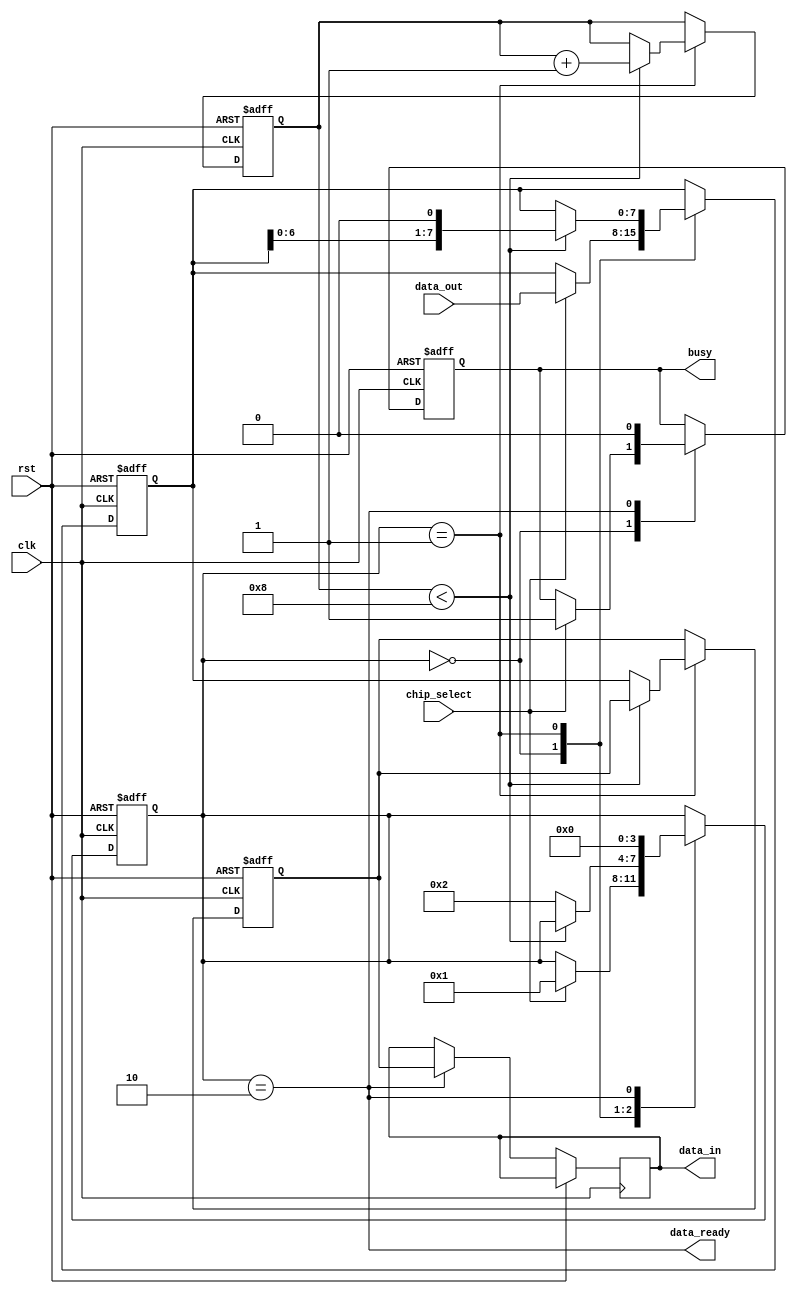
module spi_master (
    input wire clk,
    input wire rst,
    input wire chip_select,
    input wire [7:0] data_out,
    output reg busy,
    output wire data_ready,
    output reg [7:0] data_in
);

reg [3:0] state;
reg [7:0] shift_reg;
reg [7:0] data_temp;
reg bit_counter;

// State definition
parameter IDLE = 4'b0000;
parameter TRANSFER = 4'b0001;
parameter COMPLETE = 4'b0010;

always @(posedge clk or posedge rst) begin
    if (rst) begin
        state <= IDLE;
        shift_reg <= 8'b0;
        busy <= 1'b0;
        data_temp <= 8'b0;
        bit_counter <= 0;
    end
    else begin
        case (state)
            IDLE: begin
                if (chip_select) begin
                    busy <= 1'b1;
                    state <= TRANSFER;
                    shift_reg <= data_out;
                end
            end
            TRANSFER: begin
                if (bit_counter < 8) begin
                    shift_reg <= {shift_reg[6:0], 1'b0};
                    bit_counter <= bit_counter + 1;
                end
                else begin
                    data_temp <= shift_reg;
                    state <= COMPLETE;
                end
            end
            COMPLETE: begin
                busy <= 1'b0;
                state <= IDLE;
                data_in <= data_temp;
            end
        endcase
    end
end

assign data_ready = (state == COMPLETE);

endmodule